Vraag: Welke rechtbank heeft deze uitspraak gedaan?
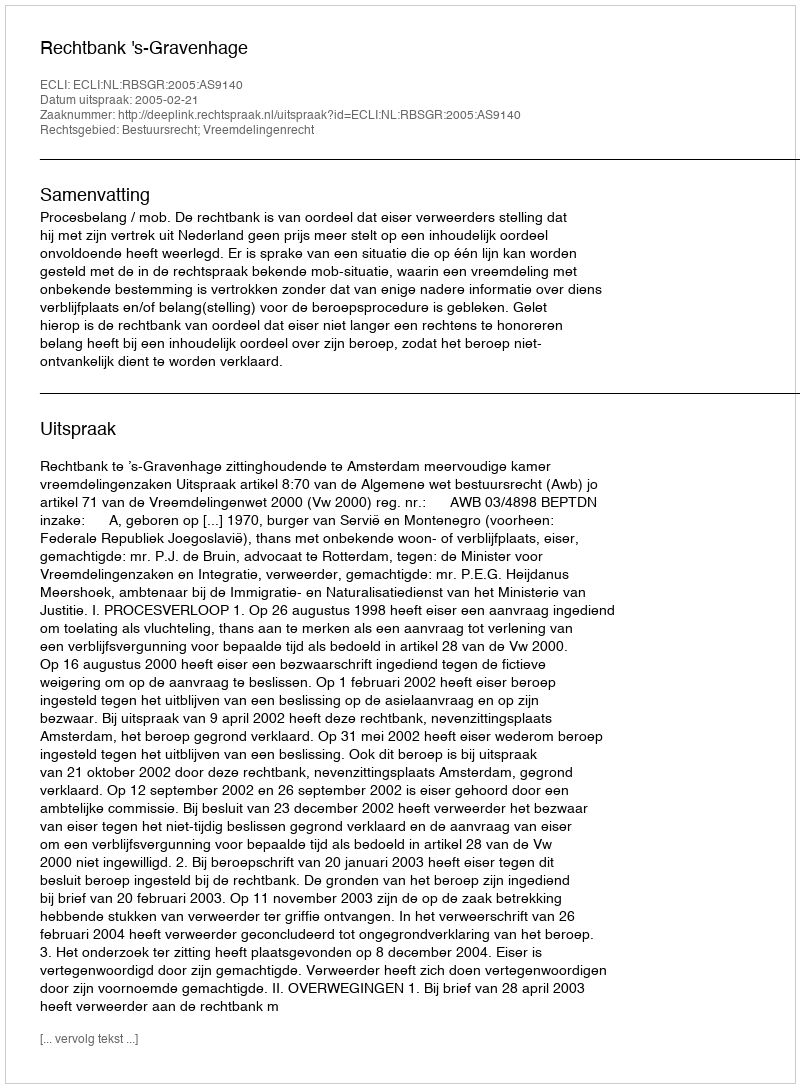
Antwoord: Rechtbank 's-Gravenhage